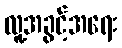
လူ့အခွင့်အရေး